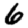
Digit: 6